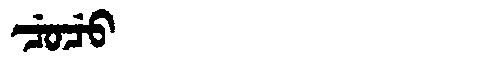
Manchu: ᠴᡠᠴᡠ
Romanization: CUCU